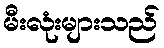
မီးလုံးများသည်